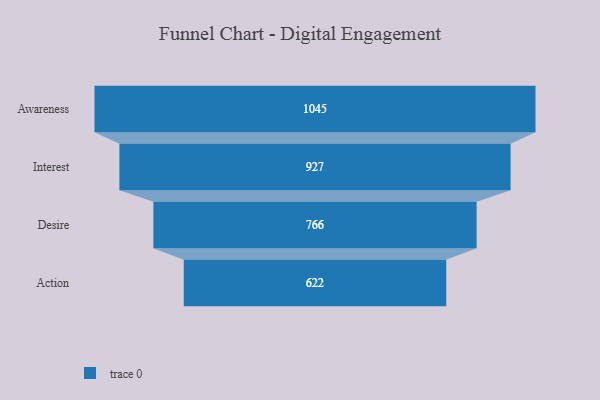
{"axis": {"x": "Stage", "y": "Value"}, "legend": [""], "data": [{"x": "Awareness", "y": 1045.0, "type": ""}, {"x": "Interest", "y": 927.0, "type": ""}, {"x": "Desire", "y": 766.0, "type": ""}, {"x": "Action", "y": 622.0, "type": ""}]}